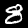
Label: 8